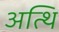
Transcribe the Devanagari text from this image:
अत्थि